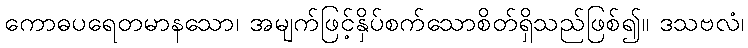
ကောဓပရေတမာနသော၊ အမျက်ဖြင့်နှိပ်စက်သောစိတ်ရှိသည်ဖြစ်၍။ ဒသဗလံ၊